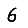
Digit: 6